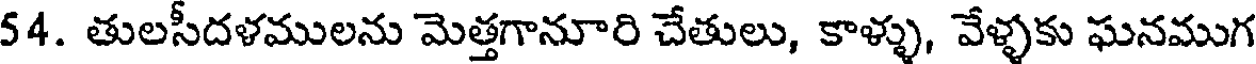
54. తులసీదళములను మెత్తగానూరి చేతులు, కాళ్ళు, వేళ్ళకు ఘనముగ